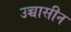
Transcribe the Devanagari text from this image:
उच्चासीन